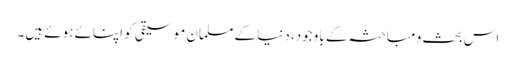
اس بحث و مباحثہ کے باوجود، دنیا کے مسلمان موسیقی کو اپنائے ہوئے ہیں۔